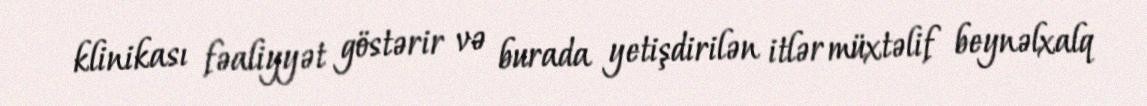
klinikası fəaliyyət göstərir və burada yetişdirilən itlər müxtəlif beynəlxalq